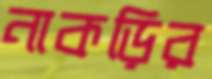
নাকড়ির